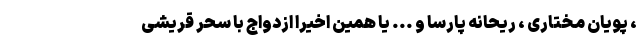
، پویان مختاری ، ریحانه پارسا و ... یا همین اخیرا ازدواج با سحر قریشی